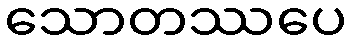
သောတဿပေ